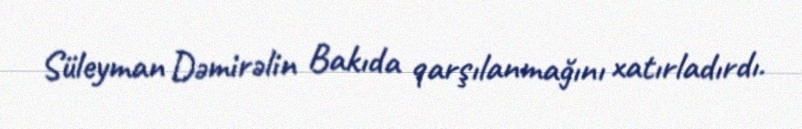
Süleyman Dəmirəlin Bakıda qarşılanmağını xatırladırdı.